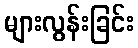
များလွန်းခြင်း